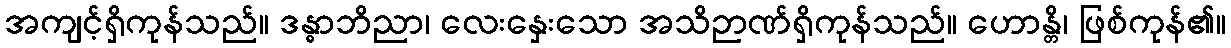
အကျင့်ရှိကုန်သည်။ ဒန္ဓာဘိညာ၊ လေးနှေးသော အသိဉာဏ်ရှိကုန်သည်။ ဟောန္တိ၊ ဖြစ်ကုန်၏။